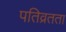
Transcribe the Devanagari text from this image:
पतिव्रतता